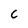
Character: C